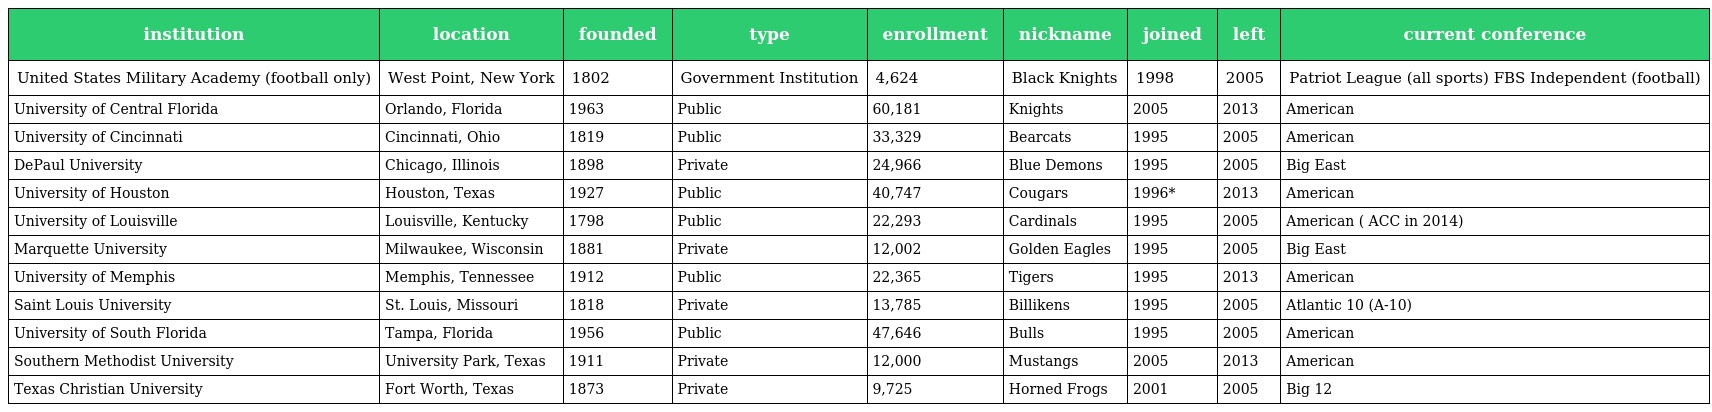
| institution | location | founded | type | enrollment | nickname | joined | left | current conference |
 | --- | --- | --- | --- | --- | --- | --- | --- | --- |
 | United States Military Academy (football only) | West Point, New York | 1802 | Government Institution | 4,624 | Black Knights | 1998 | 2005 | Patriot League (all sports) FBS Independent (football) |
 | University of Central Florida | Orlando, Florida | 1963 | Public | 60,181 | Knights | 2005 | 2013 | American |
 | University of Cincinnati | Cincinnati, Ohio | 1819 | Public | 33,329 | Bearcats | 1995 | 2005 | American |
 | DePaul University | Chicago, Illinois | 1898 | Private | 24,966 | Blue Demons | 1995 | 2005 | Big East |
 | University of Houston | Houston, Texas | 1927 | Public | 40,747 | Cougars | 1996* | 2013 | American |
 | University of Louisville | Louisville, Kentucky | 1798 | Public | 22,293 | Cardinals | 1995 | 2005 | American ( ACC in 2014) |
 | Marquette University | Milwaukee, Wisconsin | 1881 | Private | 12,002 | Golden Eagles | 1995 | 2005 | Big East |
 | University of Memphis | Memphis, Tennessee | 1912 | Public | 22,365 | Tigers | 1995 | 2013 | American |
 | Saint Louis University | St. Louis, Missouri | 1818 | Private | 13,785 | Billikens | 1995 | 2005 | Atlantic 10 (A-10) |
 | University of South Florida | Tampa, Florida | 1956 | Public | 47,646 | Bulls | 1995 | 2005 | American |
 | Southern Methodist University | University Park, Texas | 1911 | Private | 12,000 | Mustangs | 2005 | 2013 | American |
 | Texas Christian University | Fort Worth, Texas | 1873 | Private | 9,725 | Horned Frogs | 2001 | 2005 | Big 12 |